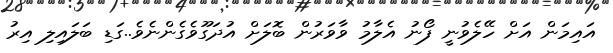
އައިމަން އަށް ހޭލެވުނީ ފޯނު އެލާމު ވާވަރުން ބޮލަށް އުދަގޫވެގެންނެވެ..ގަޑި ބަލައިލި އިރު